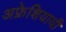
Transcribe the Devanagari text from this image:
अफ्रेशियायी